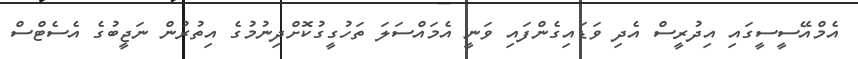
އެމްއޭސީސީގައި އިދުރީސް އެދި ވަޑައިގެންފައި ވަނީ އެމައްސަލަ ތަހުގީގުކޮށްދިނުމުގެ އިތުރުން ނަޖީބުގެ އެސެޓްސް